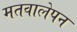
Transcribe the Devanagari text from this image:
मतवालेपन